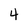
Character: 4